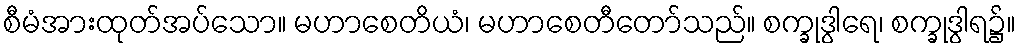
စီမံအားထုတ်အပ်သော။ မဟာစေတိယံ၊ မဟာစေတီတော်သည်။ စက္ခုဒွါရေ၊ စက္ခုဒွါရ၌။